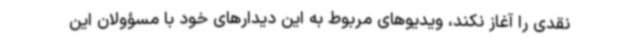
نقدی را آغاز نکند، ویدیوهای مربوط به این دیدارهای خود با مسؤولان این